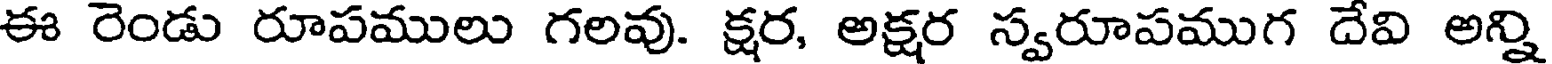
ఈ రెండు రూపములు గలవు. క్షర, అక్షర స్వరూపముగ దేవి అన్ని